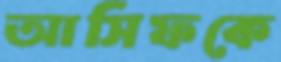
আসিফকে